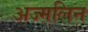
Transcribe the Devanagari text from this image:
अज्मलिन